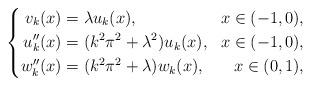
LaTeX: \begin{align*}\left\{\begin{aligned}v_k(x)&=\lambda u_k(x),&x\in (-1,0),\\u_k''(x)&=(k^2\pi^2+\lambda^2)u_k(x),&x\in(-1,0),\\w_k''(x)&=(k^2\pi^2+\lambda)w_k(x),&x\in(0,1),\end{aligned}\right.\end{align*}